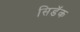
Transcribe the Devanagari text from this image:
सिडॅक